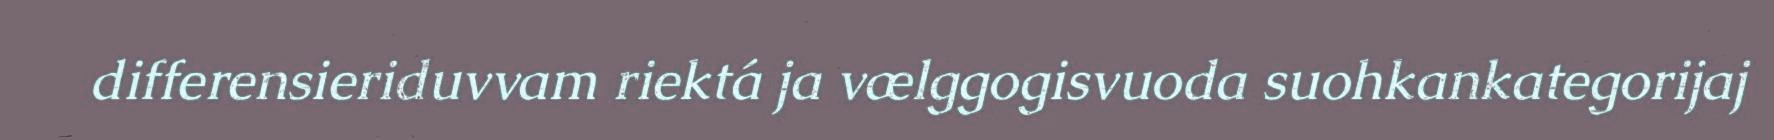
differensieriduvvam riektá ja vælggogisvuoda suohkankategorijaj